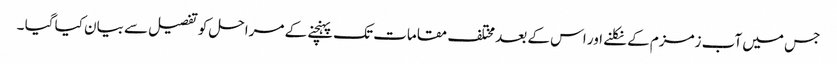
جس میں آب زمزم کے نکلنے اور اس کے بعد مختلف مقامات تک پہنچنے کے مراحل کو تفصیل سے بیان کیا گیا ۔